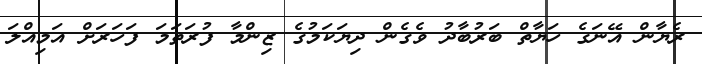
ރެޔާން އޭނަގެ ހަޔާތް ބަރުބާދު ވެގެން ދިޔަކަމުގެ ޒިންމާ ފުރަތަމަ ފަހަރަށް އަމިއްލަ